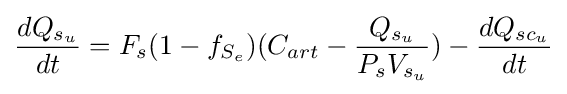
{dQ_{s_{u}} \over dt}=F_{s}(1-f_{S_{e}})(C_{art}-{{Q_{s_{u}}} \over {P_{s}V_{s_{u}}}})-{dQ_{{sc}_{u}} \over dt}